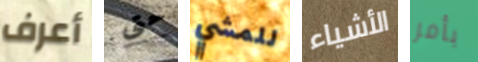
أعرف حتى للمشي الأشياء بأمر